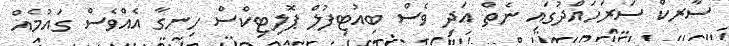
ސާރކް ސަރަހައްދުގައި ނެތް އަދި ވެސް ބިއުޓިފުލް ޕޮލިޓިކްސް ހިނގާ އެއްވެސް ގައުމެއް